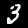
Label: 3